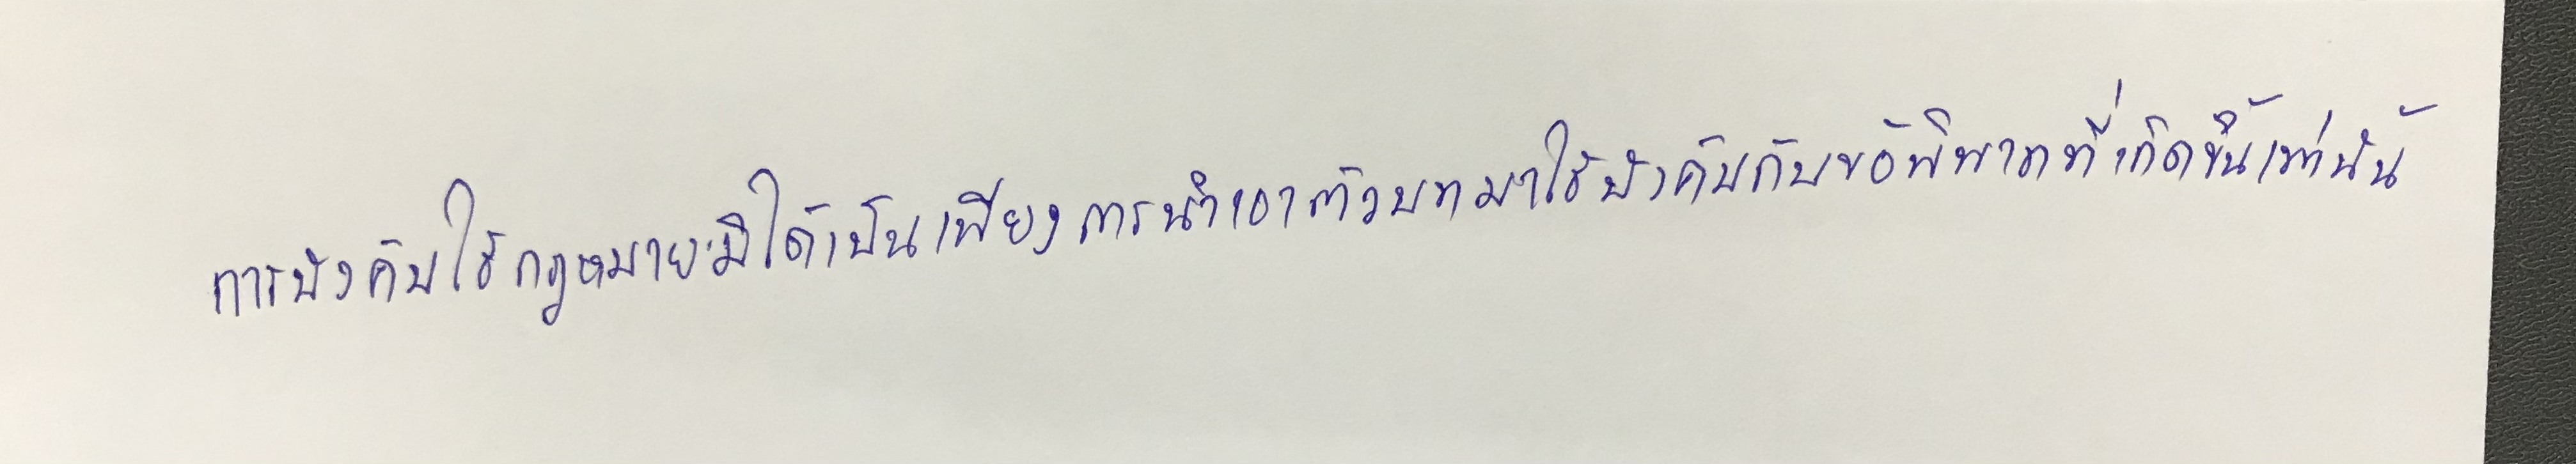
การบังคับใช้กฎหมายมิได้เป็นเพียงการนำเอาตัวบทมาใช้บังคับกับข้อพิพาทที่เกิดขึ้นเท่านั้น